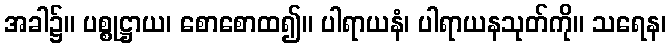
အခါ၌။ ပစ္စုဋ္ဌာယ၊ စောစောထ၍။ ပါရာယနံ၊ ပါရာယနသုတ်ကို။ သရေန၊